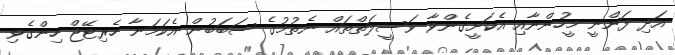
އަދި ފަންނީ މީހުންނާއި އެކަށީގެންވާ ވަސީލަތްތައް ނެތުމުގެ ސަބަބުން އެކަމަނާ ހެރިޓޭޖް ހިންގެވި